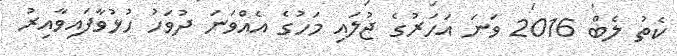
ކެތު ލެބް 2016 ވަނަ އަހަރުގެ ޖުލައި މަހުގެ އެއްވަނަ ދުވަހު ހުޅުވާފައިވާއިރު